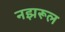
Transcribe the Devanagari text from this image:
नझरूल